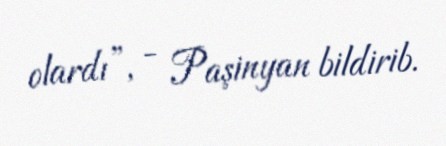
olardı”, - Paşinyan bildirib.